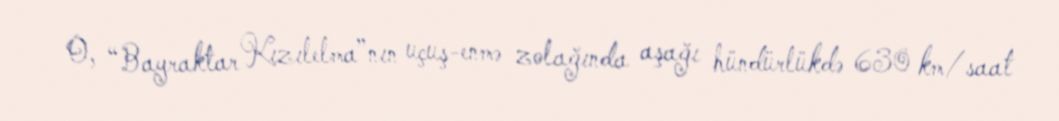
O, “Bayraktar Kızılelma”nın uçuş-enmə zolağında aşağı hündürlükdə 630 km/saat